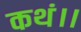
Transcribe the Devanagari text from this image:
कथं।।